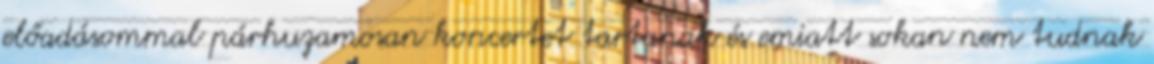
előadásommal párhuzamosan koncertet tartanak és emiatt sokan nem tudnak